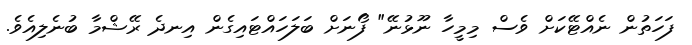
ފަހަތުން ނެއްޓޭކަށް ވެސް މިމީހާ ނޫޅުނޭ" ފޯނަށް ބަލަހައްޓައިގެން އިނދެ ރޭޝްމާ ބުނެލިއެވެ.